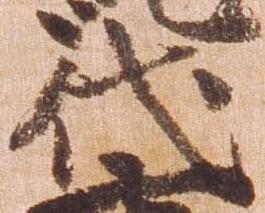
代